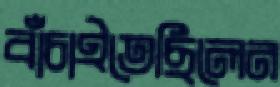
বাঁচাইতেছিলেন